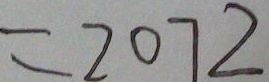
= 2 0 7 2